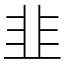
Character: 韭